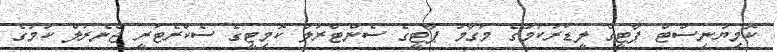
ކޮމިޔުނިސްޓް ޕާޓީގެ ލީޑަރުކަމުގެ މަގާމު ޕާޓީގެ ސެންޓްރަލް ކޮމިޓީގެ ސެކްރެޓަރީ ޖެނެރަލް ކަމުގެ